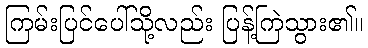
ကြမ်းပြင်ပေါ်သို့လည်း ပြန့်ကြဲသွား၏။